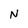
Character: N